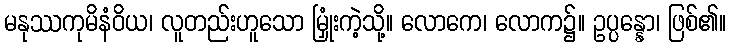
မနုဿကုမိနံဝိယ၊ လူတည်းဟူသော မြှုံးကဲ့သို့။ လောကေ၊ လောက၌။ ဥပ္ပန္နော၊ ဖြစ်၏။